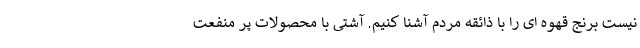
نیست برنج قهوه ای را با ذائقه مردم آشنا کنیم. آشتی با محصولات پر منفعت